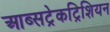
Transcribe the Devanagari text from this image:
आब्सट्रेकट्रिशियन